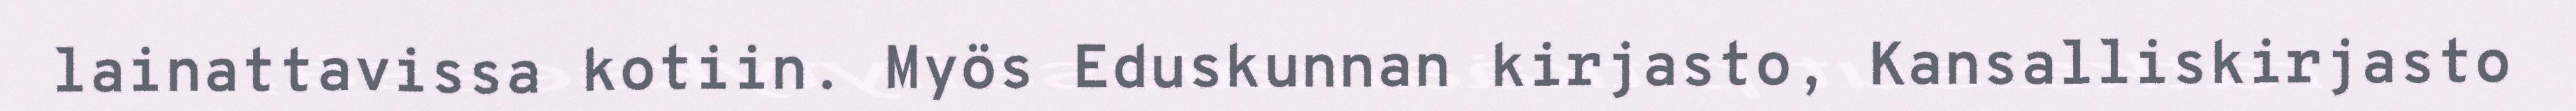
lainattavissa kotiin. Myös Eduskunnan kirjasto, Kansalliskirjasto